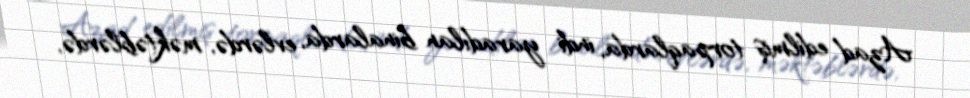
Azad edilmiş torpaqlarda, indi yaradılan binalarda, evlərdə, məktəblərdə,